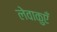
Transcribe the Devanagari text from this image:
लेवाकुएँ